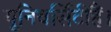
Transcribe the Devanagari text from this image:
यूनिवर्सिटीहैं।